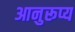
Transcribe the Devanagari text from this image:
आनुरूप्य